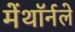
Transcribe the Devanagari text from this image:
मेंथॉर्नले